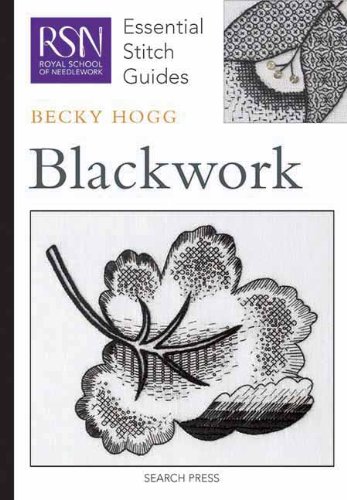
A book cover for Blackwork (Essential Stitch Guides); Becky Hogg; Crafts, Hobbies & Home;